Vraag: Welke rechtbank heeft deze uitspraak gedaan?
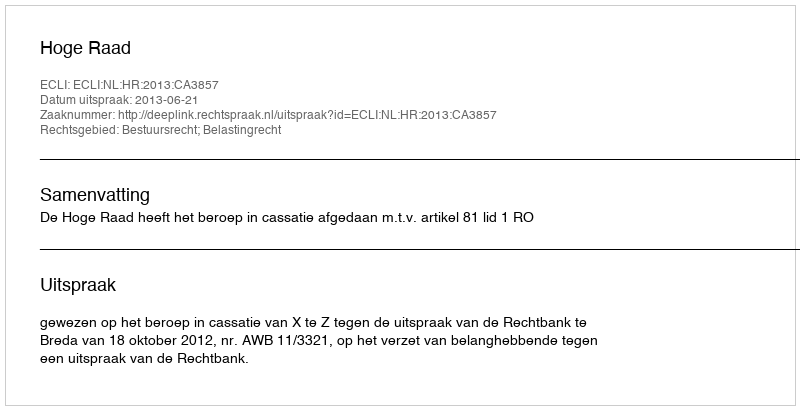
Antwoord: Hoge Raad